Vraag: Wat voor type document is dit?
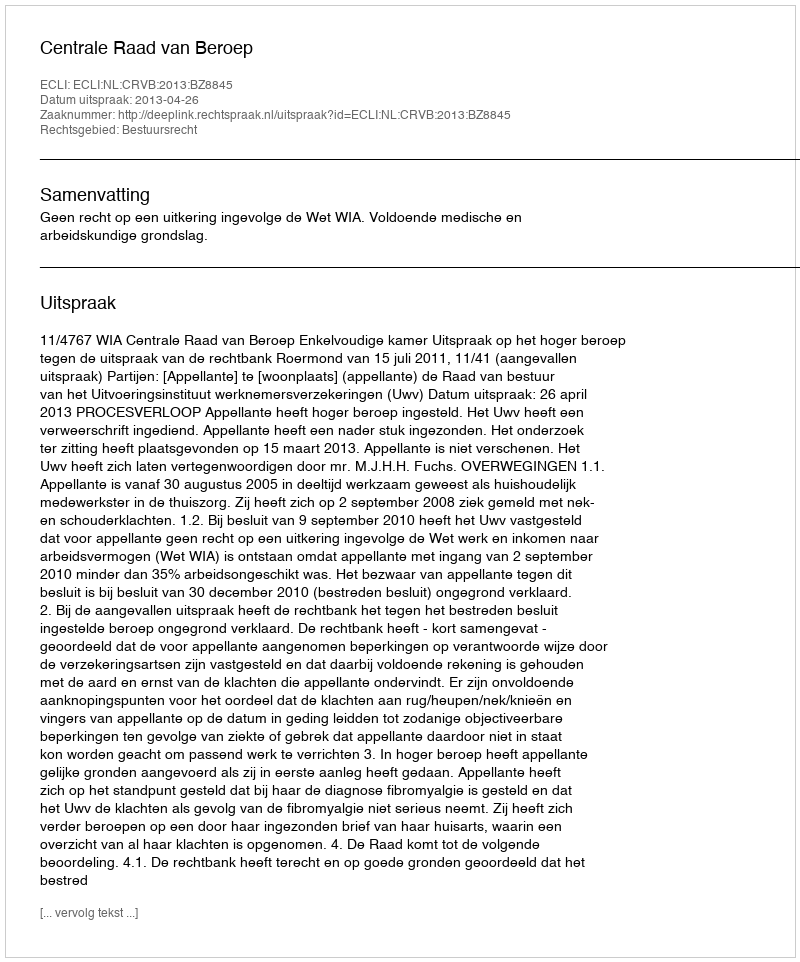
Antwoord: Uitspraak